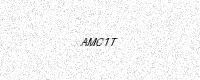
Text: AMC1T